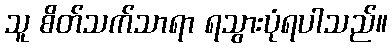
သူ စိတ်သက်သာရာ ရသွားပုံရပါသည်။